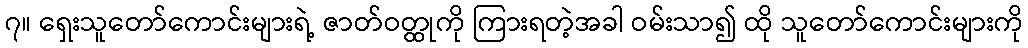
၇။ ရှေးသူတော်ကောင်းများရဲ့ ဇာတ်ဝတ္ထုကို ကြားရတဲ့အခါ ဝမ်းသာ၍ ထို သူတော်ကောင်းများကို